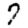
Digit: 7